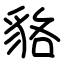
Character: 貉